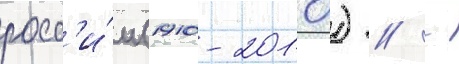
росс'и́и (1910-2010) // -